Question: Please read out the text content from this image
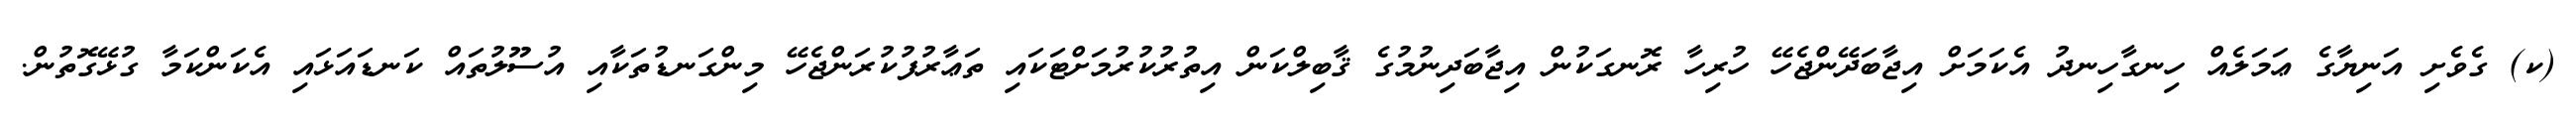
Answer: (ކ) ގެވެށި އަނިޔާގެ ޢަމަލެއް ހިނގާހިނދު އެކަމަށް އިޖާބަދޭންޖެހޭ ހުރިހާ ރޮނގަކުން އިޖާބަދިނުމުގެ ޤާބިލްކަން އިތުރުކުރުމަށްޓަކައި ތަޢާރުފުކުރަންޖެހޭ މިންގަނޑުތަކާއި އުސޫލުތައް ކަނޑައަޅައި އެކަންކަމާ ގުޅޭގޮތުން.